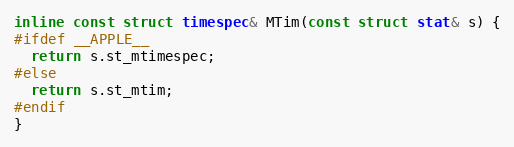
Language: C
inline const struct timespec& MTim(const struct stat& s) {
#ifdef __APPLE__
  return s.st_mtimespec;
#else
  return s.st_mtim;
#endif
}